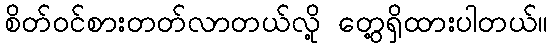
စိတ်ဝင်စားတတ်လာတယ်လို့ တွေ့ရှိထားပါတယ်။